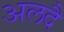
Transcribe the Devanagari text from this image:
अलदै